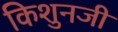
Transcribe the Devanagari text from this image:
किशुनजी